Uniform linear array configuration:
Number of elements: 12
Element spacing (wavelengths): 0.25
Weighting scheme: kaiser
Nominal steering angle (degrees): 30
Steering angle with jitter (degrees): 28.466
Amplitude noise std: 0.05
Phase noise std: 0.05

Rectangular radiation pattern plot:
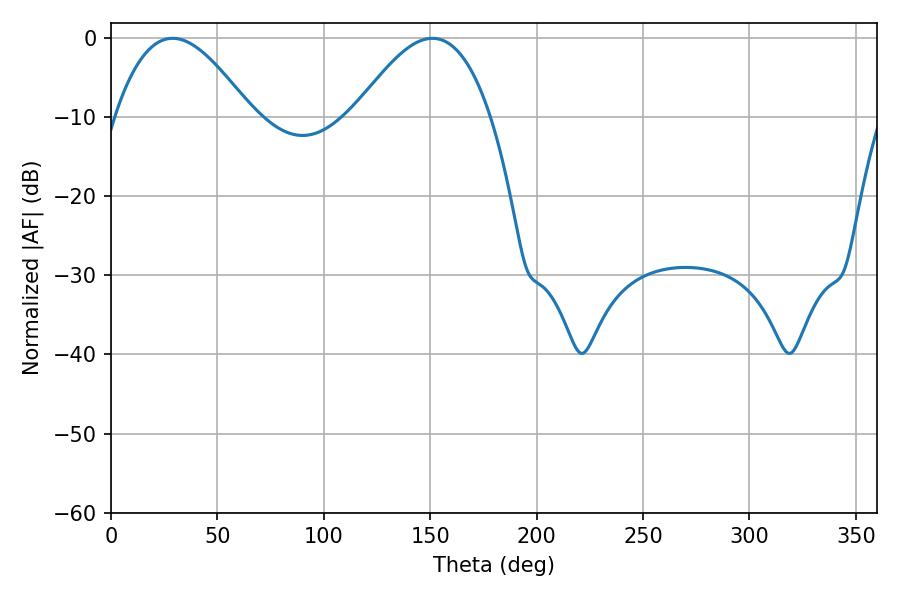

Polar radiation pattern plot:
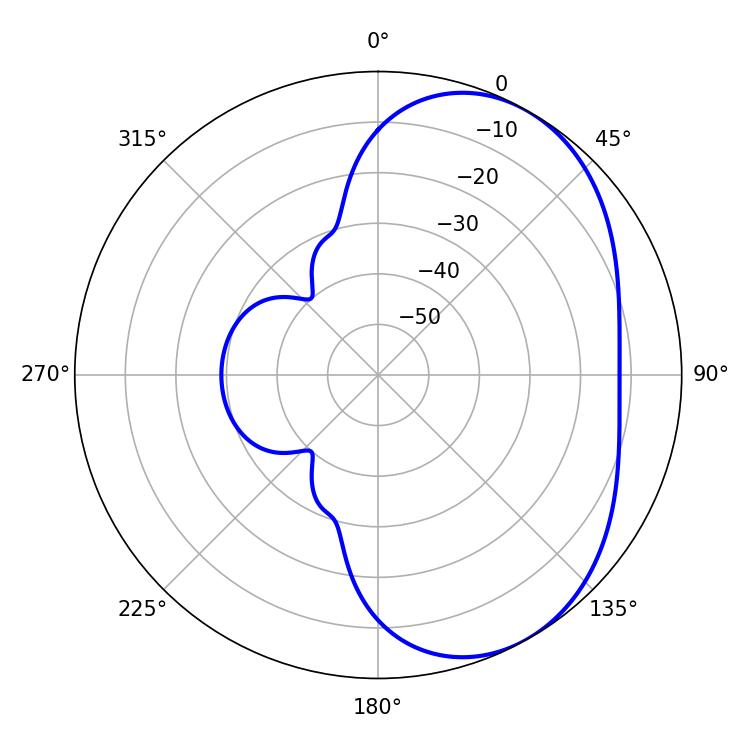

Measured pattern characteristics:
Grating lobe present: FALSE
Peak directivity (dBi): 4.437
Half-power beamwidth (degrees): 34.92
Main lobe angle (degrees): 28.98